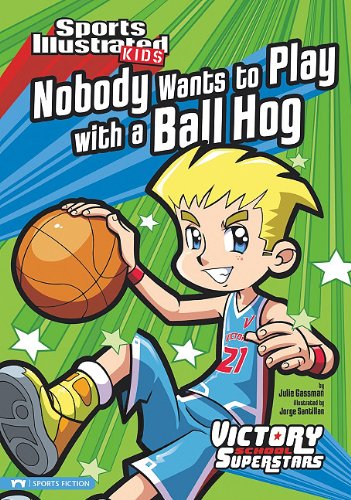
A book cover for Nobody Wants to Play with a Ball Hog (Sports Illustrated Kids Victory School Superstars); Julie Gassman; Children's Books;